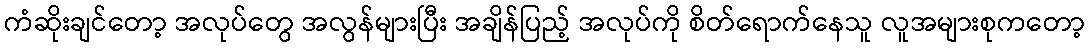
ကံဆိုးချင်တော့ အလုပ်တွေ အလွန်များပြီး အချိန်ပြည့် အလုပ်ကို စိတ်ရောက်နေသူ လူအများစုကတော့